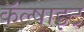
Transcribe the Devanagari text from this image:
कॅल्षाइट